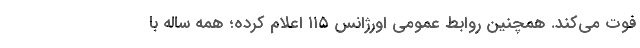
فوت می‌کند. همچنین روابط عمومی اورژانس ۱۱۵ اعلام کرده؛ همه‌ ساله با